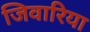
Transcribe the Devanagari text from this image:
जिवारिया